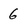
Character: 6